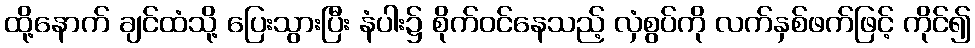
ထို့နောက် ချင်ထံသို့ ပြေးသွားပြီး နံပါး၌ စိုက်ဝင်နေသည့် လှံစွပ်ကို လက်နှစ်ဖက်ဖြင့် ကိုင်၍